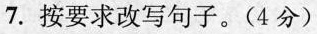
7.按要求改写句子。(4分)